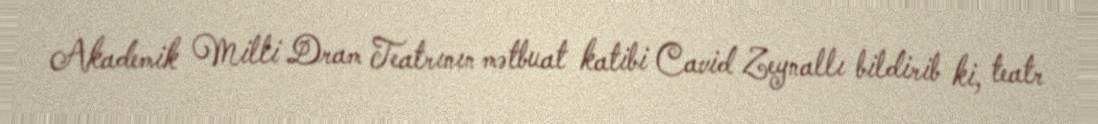
Akademik Milli Dram Teatrının mətbuat katibi Cavid Zeynallı bildirib ki, teatr